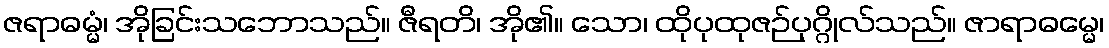
ဇရာဓမ္မံ၊ အိုခြင်းသဘောသည်။ ဇီရတိ၊ အို၏။ သော၊ ထိုပုထုဇဉ်ပုဂ္ဂိုလ်သည်။ ဇာရာဓမ္မေ၊